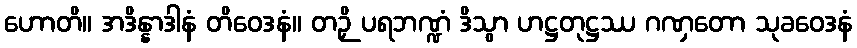
ဟောတိ။ အဒိန္နာဒါနံ တိဝေဒနံ။ တဉှိ ပရဘဏ္ဍံ ဒိသွာ ဟဋ္ဌတုဋ္ဌဿ ဂဏှတော သုခဝေဒနံ